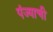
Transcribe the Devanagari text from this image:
पंज्याची